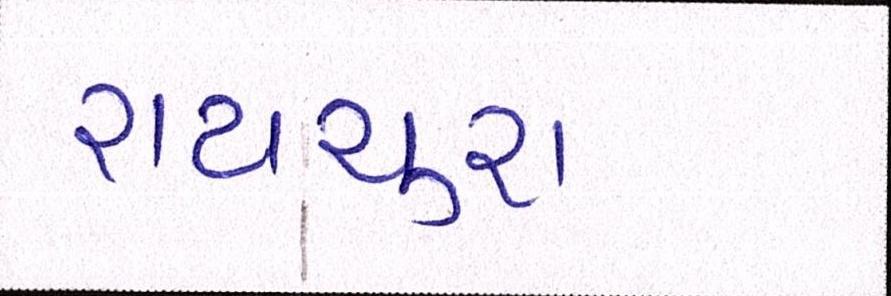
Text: રાયચુરા